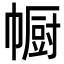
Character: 㡡